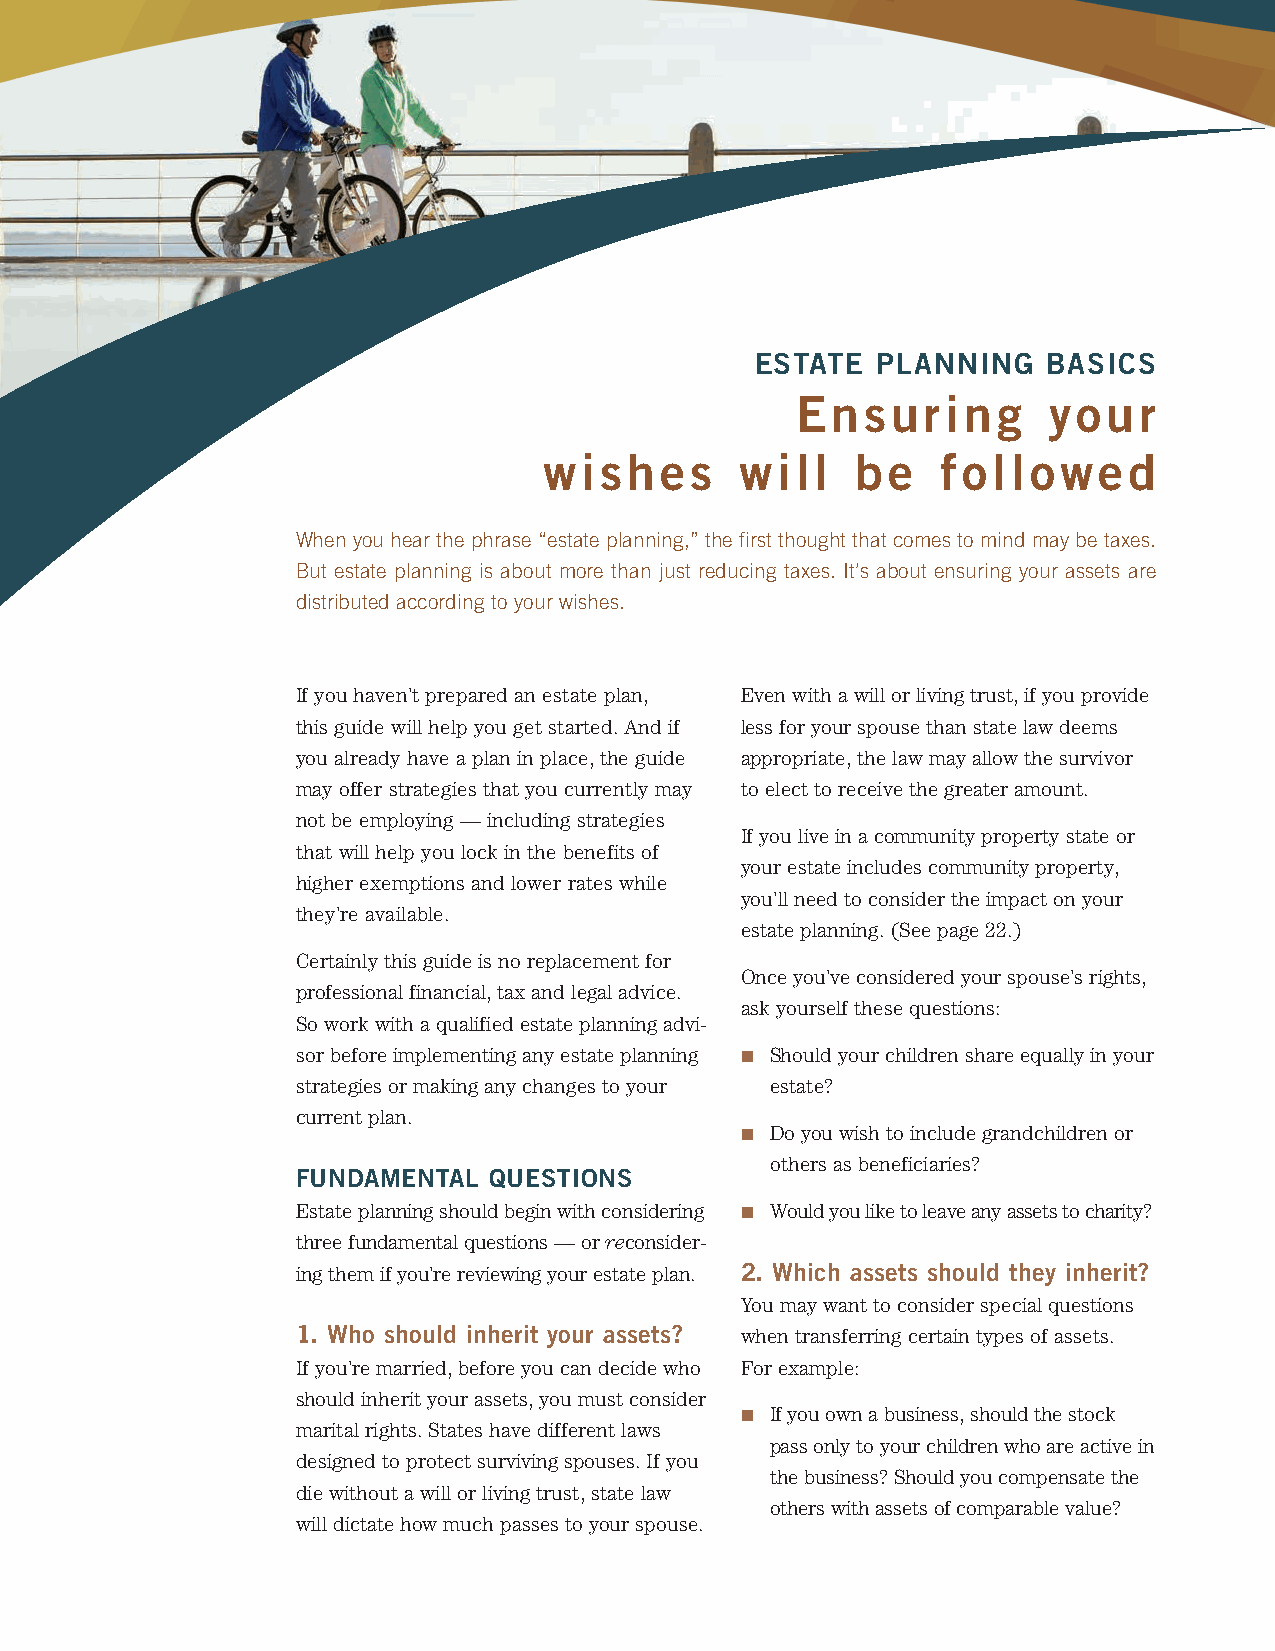
ESTATE  PLANNING   BASICS
 Ensuring        your
 wishes       will    be   followed
 When you hear the phrase “estate planning,” the first thought that comes to mind may be taxes.
 But estate planning is about more than just reducing taxes. It’s about ensuring your assets are
 distributed according to your wishes.
 If you haven’t prepared an estate plan, Even with a will or living trust, if you provide
 this guide will help you get started. And if less for your spouse than state law deems
 you already have a plan in place, the guide appropriate, the law may allow the survivor
 may offer strategies that you currently may to elect to receive the greater amount.
 not be employing — including strategies
 If you live in a community property state or
 that will help you lock in the benefits of
 your estate includes community property,
 higher exemptions and lower rates while
 you’ll need to consider the impact on your
 they’re available.
 estate planning. (See page 22.)
 Certainly this guide is no replacement for
 Once you’ve considered your spouse’s rights,
 professional financial, tax and legal advice.
 ask yourself these questions:
 So work with a qualified estate planning advi-
 sor before implementing any estate planning n Should your children share equally in your
 strategies or making any changes to your estate?
 current plan.
 n Do you wish to include grandchildren or
 others as beneficiaries?
 FUNDAMENTAL QUESTIONS
 Estate planning should begin with considering n Would you like to leave any assets to charity?
 three fundamental questions — or reconsider-
 ing them if you’re reviewing your estate plan. 2. Which assets should they inherit?
 You may want to consider special questions
 1. Who should inherit your assets? when transferring certain types of assets.
 If you’re married, before you can decide who For example:
 should inherit your assets, you must consider
 n If you own a business, should the stock
 marital rights. States have different laws
 pass only to your children who are active in
 designed to protect surviving spouses. If you
 the business? Should you compensate the
 die without a will or living trust, state law
 others with assets of comparable value?
 will dictate how much passes to your spouse.